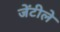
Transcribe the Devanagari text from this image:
जेंटीले